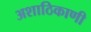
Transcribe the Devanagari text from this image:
अशाठिकाणी